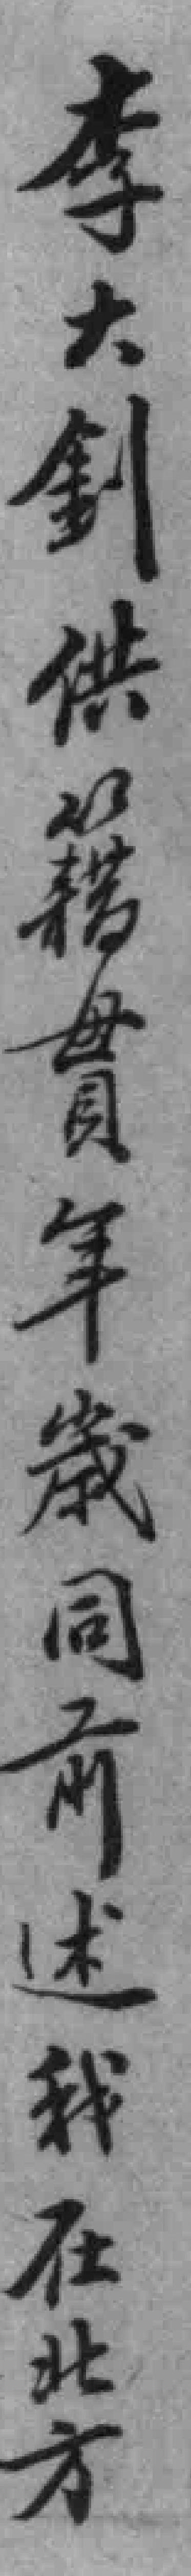
李大釗供籍貫年歲同前述我在北方